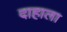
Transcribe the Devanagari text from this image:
दाहाला